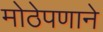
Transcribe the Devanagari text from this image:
मोठेपणाने